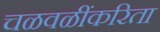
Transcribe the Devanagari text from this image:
चळवळींकरिता